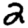
Digit: 2